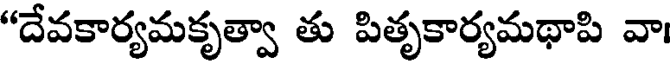
"దేవకార్యమకృత్వా తు పితృకార్యమథాపి వా।